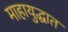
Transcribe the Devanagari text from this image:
माहायुद्धात